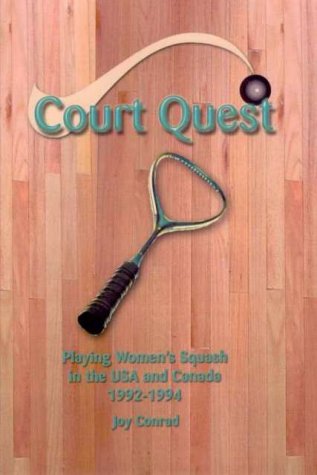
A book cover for Court Quest: Playing Women's Squash in the USA and Canada, 1992-1994; Joy Conrad; Sports & Outdoors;